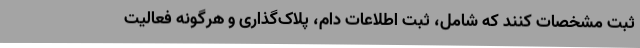
ثبت مشخصات کنند که شامل، ثبت اطلاعات دام، پلاک‌گذاری و هرگونه فعالیت